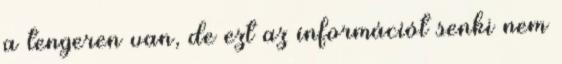
a tengeren van, de ezt az információt senki nem